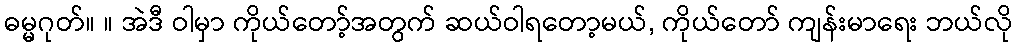
ဓမ္မဂုတ်။ ။ အဲဒီ ဝါမှာ ကိုယ်တော့်အတွက် ဆယ်ဝါရတော့မယ်, ကိုယ်တော် ကျန်းမာရေး ဘယ်လို